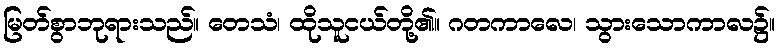
မြတ်စွာဘုရားသည်။ တေသံ၊ ထိုသူငယ်တို့၏။ ဂတကာလေ၊ သွားသောကာလ၌။